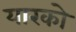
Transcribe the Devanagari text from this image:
यारको